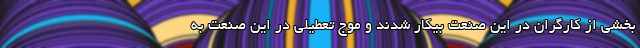
بخشی از کارگران در این صنعت بیکار شدند و موج تعطیلی در این صنعت به